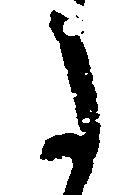
た